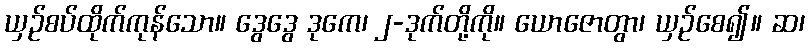
ယှဉ်စပ်ထိုက်ကုန်သော။ ဒွေဒွေ ဒုကေ၊ ၂-ဒုက်တို့ကို။ ယောဇောတွာ၊ ယှဉ်စေ၍။ ဆ၊